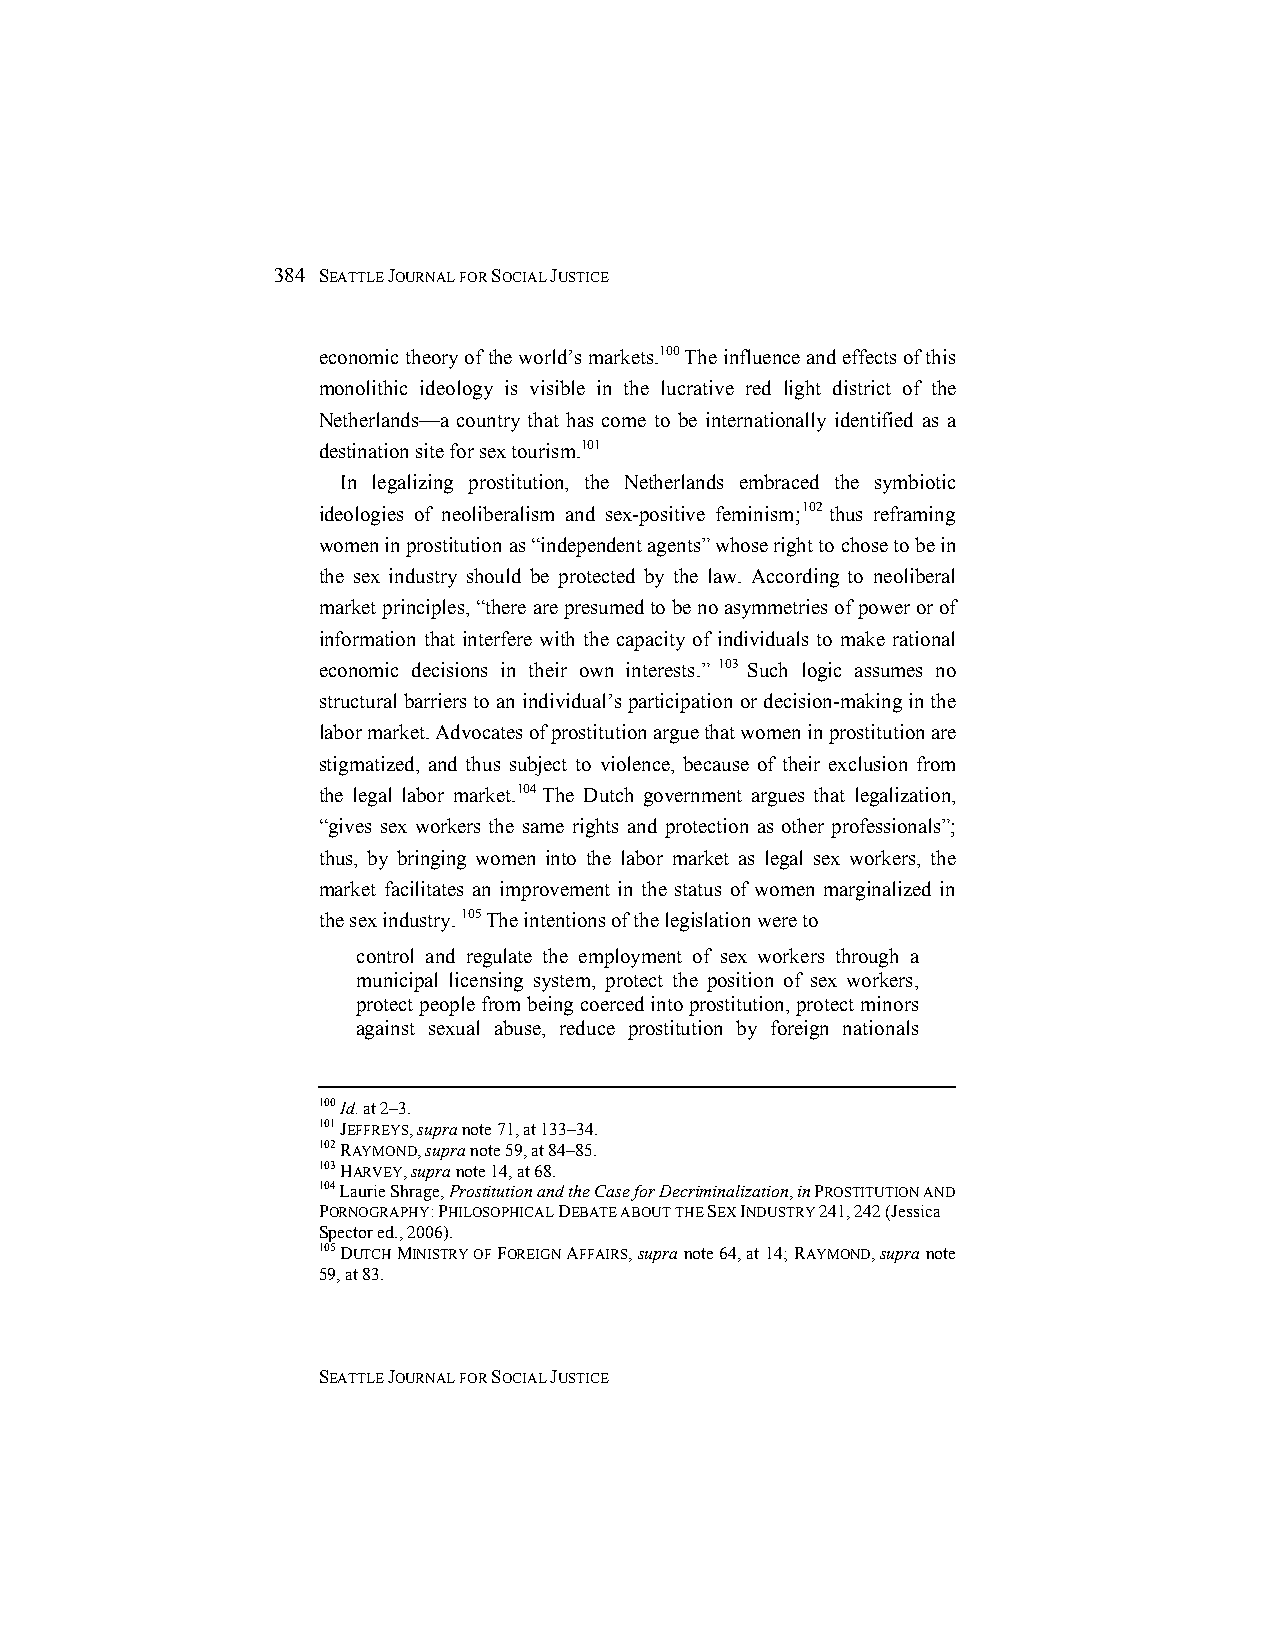
384 SEATTLE JOURNAL FOR SOCIAL JUSTICE
 economic theory of the world’s markets.100 The influence and effects of this
 monolithic ideology is visible in the lucrative red light district of the
 Netherlands—a country that has come to be internationally identified as a
 destination site for sex tourism.101
 In legalizing prostitution, the Netherlands embraced the symbiotic
 ideologies of neoliberalism and sex-positive feminism;102 thus reframing
 women in prostitution as “independent agents” whose right to chose to be in
 the sex industry should be protected by the law. According to neoliberal
 market principles, “there are presumed to be no asymmetries of power or of
 information that interfere with the capacity of individuals to make rational
 economic decisions in their own interests.” 103 Such logic assumes no
 structural barriers to an individual’s participation or decision-making in the
 labor market. Advocates of prostitution argue that women in prostitution are
 stigmatized, and thus subject to violence, because of their exclusion from
 the legal labor market.104 The Dutch government argues that legalization,
 “gives sex workers the same rights and protection as other professionals”;
 thus, by bringing women into the labor market as legal sex workers, the
 market facilitates an improvement in the status of women marginalized in
 the sex industry. 105 The intentions of the legislation were to
 control and regulate the employment of sex workers through a
 municipal licensing system, protect the position of sex workers,
 protect people from being coerced into prostitution, protect minors
 against sexual abuse, reduce prostitution by foreign nationals
 100 Id. at 2–3.
 101 JEFFREYS, supra note 71, at 133–34.
 102 RAYMOND, supra note 59, at 84–85.
 103 HARVEY, supra note 14, at 68.
 104 Laurie Shrage, Prostitution and the Case for Decriminalization, in PROSTITUTION AND
 PORNOGRAPHY: PHILOSOPHICAL DEBATE ABOUT THE SEX INDUSTRY 241, 242 (Jessica
 Spector ed., 2006).
 105 DUTCH MINISTRY OF FOREIGN AFFAIRS, supra note 64, at 14; RAYMOND, supra note
 59, at 83.
 SEATTLE JOURNAL FOR SOCIAL JUSTICE